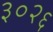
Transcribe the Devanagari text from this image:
३०२६